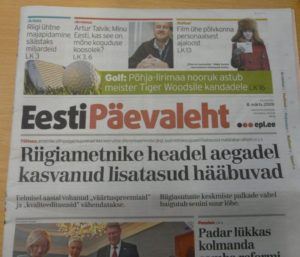
Language: et